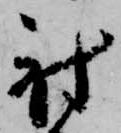
射